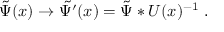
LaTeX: \tilde { \Psi } ( x ) \to \tilde { \Psi ^ { \prime } } ( x ) = \tilde { \Psi } * U ( x ) ^ { - 1 } \ .